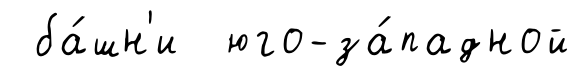
ба́шн'и юго-за́падной